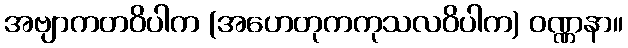
အဗျာကတဝိပါက (အဟေတုကကုသလဝိပါက) ဝဏ္ဏနာ။